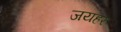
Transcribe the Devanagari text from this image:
जयहर